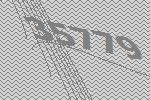
35779